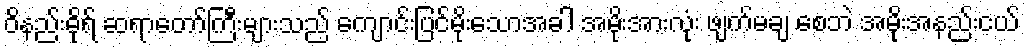
ဝိနည်းဓိုရ် ဆရာတော်ကြီးများသည် ကျောင်းပြင်မိုးသောအခါ အမိုးအားလုံး ဖျက်မချ စေဘဲ အမိုးအနည်းငယ်